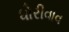
ધોરીવાવ